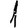
Digit: 1